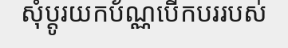
សុំប្តូរយកប័ណ្ណបើកបររបស់